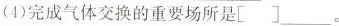
(4)完成气体交换的重要场所是[]_____。